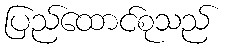
ပြည်ထောင်စုသည်